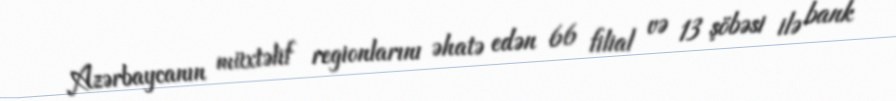
Azərbaycanın müxtəlif regionlarını əhatə edən 66 filial və 13 şöbəsi ilə bank